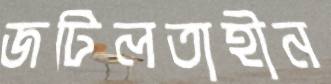
জটিলতাহীন